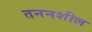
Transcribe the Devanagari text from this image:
तननशील